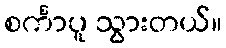
စင်္ကာပူ သွားတယ်။